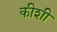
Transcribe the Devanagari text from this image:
कीशी